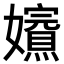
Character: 𡤁